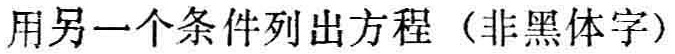
用另一个条件列出方程（非黑体字）